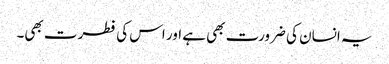
یہ انسان کی ضرورت بھی ہے اور اس کی فطرت بھی۔